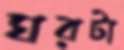
ঘরটা